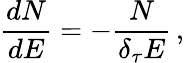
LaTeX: \frac{dN}{dE}=-\frac{N}{\delta_{\tau}E}\, ,